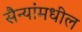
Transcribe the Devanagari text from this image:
सैन्यांमधील